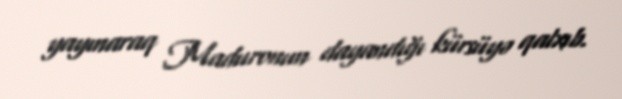
yayınaraq Maduronun dayandığı kürsüyə qalxıb.